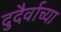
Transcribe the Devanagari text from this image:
दुदैर्वाच्या